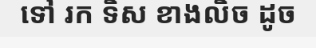
ទៅ រក ទិស ខាងលិច ដូច